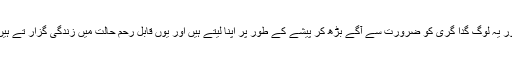
اور یہ لوگ گدا گری کو ضرورت سے آگے بڑھ کر پیشے کے طور پر اپنا لیتے ہیں اور یوں قابل رحم حالت میں زندگی گزار تے ہیں۔